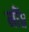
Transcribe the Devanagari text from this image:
मीं॥